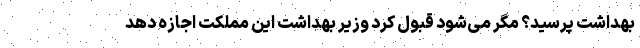
بهداشت پرسید؟ مگر می‌شود قبول کرد وزیر بهداشت این مملکت اجازه دهد